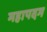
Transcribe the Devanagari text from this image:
महापदम